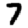
Digit: 7